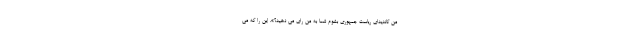
من کاندیدای ریاست جمهوری بشوم شما به من رای می دهید؟». این را که می